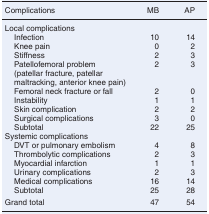
<table><thead><tr><td><b>Complications</b></td><td><b>MB</b></td><td><b>AP</b></td></tr></thead><tbody><tr><td>Local complications</td><td></td><td></td></tr><tr><td> Infection</td><td>10</td><td>14</td></tr><tr><td> Knee pain</td><td>0</td><td>2</td></tr><tr><td> Stiffness</td><td>2</td><td>3</td></tr><tr><td> Patellofemoral problem (patellar fracture, patellar maltracking, anterior knee pain)</td><td>2</td><td>3</td></tr><tr><td> Femoral neck fracture or fall</td><td>2</td><td>0</td></tr><tr><td> Instability</td><td>1</td><td>1</td></tr><tr><td> Skin complication</td><td>2</td><td>2</td></tr><tr><td> Surgical complications</td><td>3</td><td>0</td></tr><tr><td> Subtotal</td><td>22</td><td>25</td></tr><tr><td>Systemic complications</td><td></td><td></td></tr><tr><td> DVT or pulmonary embolism</td><td>4</td><td>8</td></tr><tr><td> Thrombolytic complications</td><td>2</td><td>3</td></tr><tr><td> Myocardial infarction</td><td>1</td><td>1</td></tr><tr><td> Urinary complications</td><td>2</td><td>3</td></tr><tr><td> Medical complications</td><td>16</td><td>14</td></tr><tr><td> Subtotal</td><td>25</td><td>28</td></tr><tr><td>Grand total</td><td>47</td><td>54</td></tr></tbody></table>